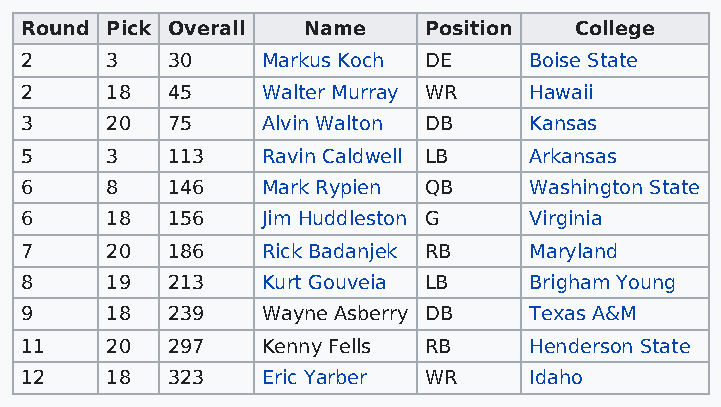
Round Pick Overall Name    Position  College
 2     3   30    Markus Koch DE    Boise State
 2     18  45    Walter Murray WR  Hawaii
 3     20  75    Alvin Walton DB   Kansas
 5     3   113   Ravin Caldwell LB Arkansas
 6     8   146   Mark Rypien QB    Washington State
 6     18  156   Jim Huddleston G  Virginia
 7     20  186   Rick Badanjek RB  Maryland
 8     19  213   Kurt Gouveia LB   Brigham Young
 9     18  239   Wayne Asberry DB  Texas A&M
 11    20  297   Kenny Fells RB    Henderson State
 12    18  323   Eric Yarber WR    Idaho